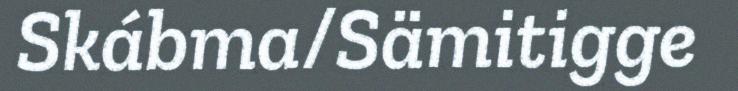
Skábma/Sämitigge